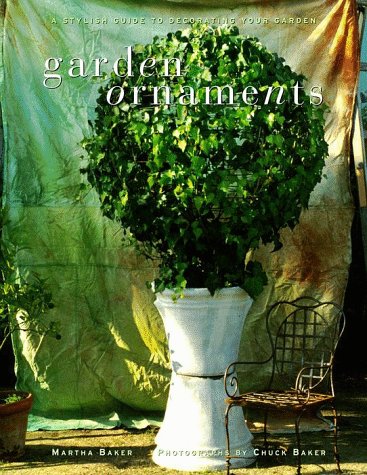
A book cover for Garden Ornaments: A Stylish Guide to Decorating Your Garden; Martha Baker; Crafts, Hobbies & Home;